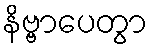
နိဗ္ဗာပေတွာ